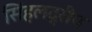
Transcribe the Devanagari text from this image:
सिंहलद्रीप